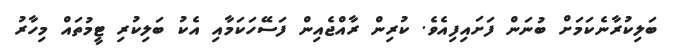
ބަލިކުރާނެކަމަށް ބުނަން ފަށައިފިއެވެ. ކުރިން ރާއްޖެއިން ފަސޭހަކަމާއި އެކު ބަލިކުރި ޓީމުތައް މިހާރު